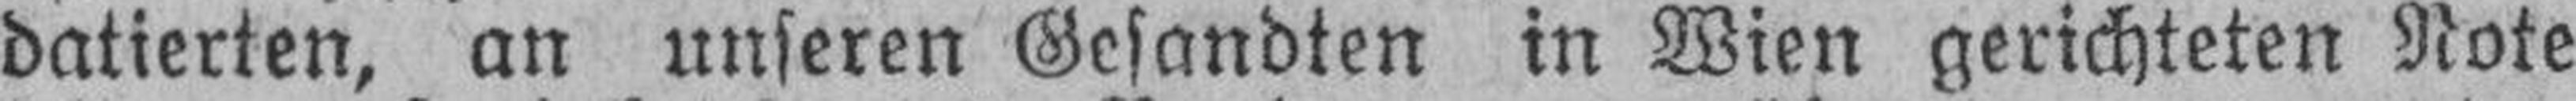
datierten, an unseren Gesandten in Wien gerichteten Note